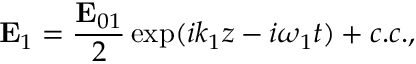
{ \bf E } _ { 1 } = \frac { { \bf E } _ { 0 1 } } { 2 } \exp ( i k _ { 1 } z - i \omega _ { 1 } t ) + c . c . ,